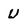
Character: U